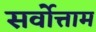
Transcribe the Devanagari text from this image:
सर्वोत्ताम